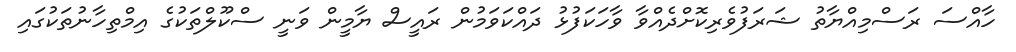
ހާއްސަ ރަސްމިއްޔާތު ޝަރަފުވެރިކޮށްދެއްވާ ވާހަކަފުޅު ދައްކަވަމުން ރައީސް ޔާމީން ވަނީ ސްކޫލްތަކުގެ އިމްތިހާނުތަކުގައި